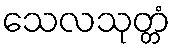
သေလသုတ္တံ